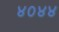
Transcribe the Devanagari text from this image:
४०४४